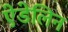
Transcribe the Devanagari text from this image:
ऐडेलिन